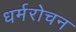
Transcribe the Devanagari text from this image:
धर्मरोचन